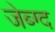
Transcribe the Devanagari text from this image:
जेब्ग्द